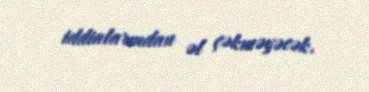
iddialarından əl çəkməyəcək.